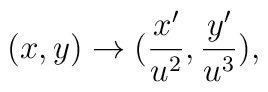
(x,y) \rightarrow (\frac{x^{\prime}}{u^2}, \frac{y^{\prime}}{u^3}) ,